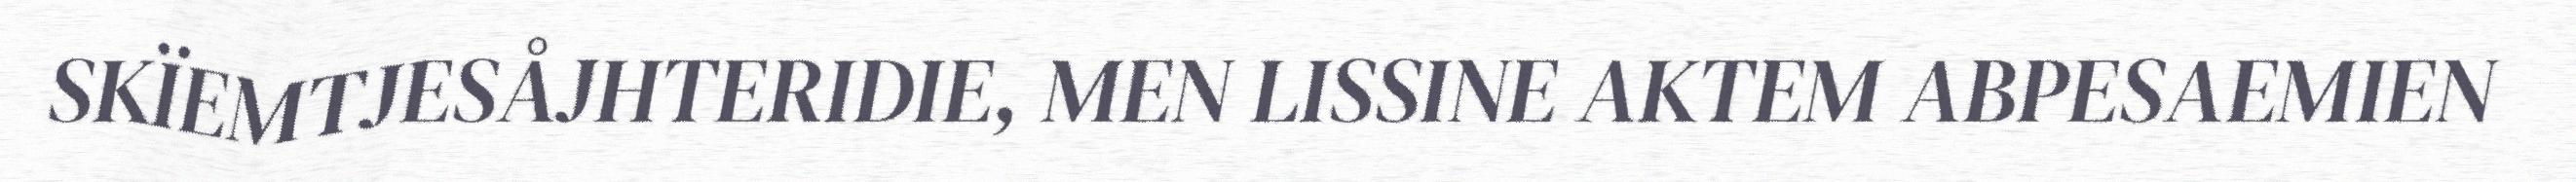
SKÏEMTJESÅJHTERIDIE, MEN LISSINE AKTEM ABPESAEMIEN